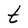
Character: t